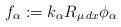
LaTeX: \begin{align*}f_\alpha := k_\alpha R_{\mu\,dx}\phi_\alpha\end{align*}